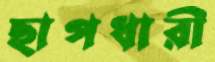
ছাপধারী